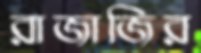
রাজাজির